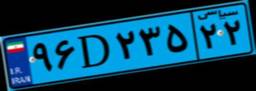
۹۶D۲۳۵۲۲